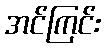
အင်ကြင်း